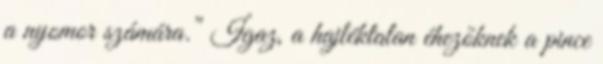
a nyomor számára.” Igaz, a hajléktalan éhezőknek a pince